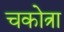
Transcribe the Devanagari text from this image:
चकोत्रा